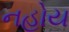
નહોય